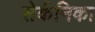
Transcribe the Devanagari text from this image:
सेर्कनिका